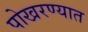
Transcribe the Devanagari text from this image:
पोखरण्यात